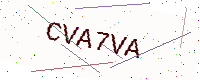
Text: CVA7VA